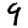
Digit: 9